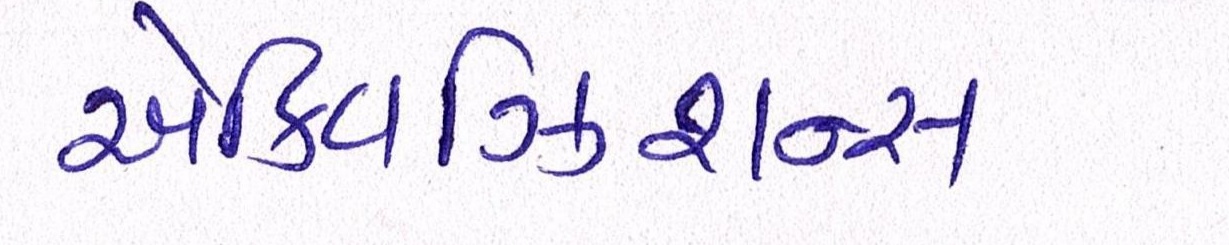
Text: એક્વિઝિશન્સ